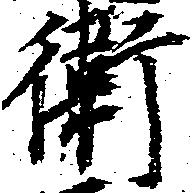
衛